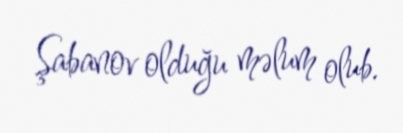
Şabanov olduğu məlum olub.